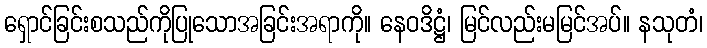
ရှောင်ခြင်းစသည်ကိုပြုသောအခြင်းအရာကို။ နေဝဒိဋ္ဌံ၊ မြင်လည်းမမြင်အပ်။ နသုတံ၊